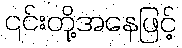
၎င်းတို့အနေဖြင့်